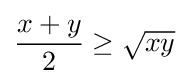
{\frac {x+y}{2}}\geq {\sqrt {xy}}